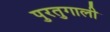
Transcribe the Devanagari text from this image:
पुरतुगाली